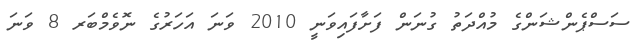
ސަސްޕެންޝަންގެ މުއްދަތު ގުނަން ފަށާފައިވަނީ 2010 ވަނަ އަހަރުގެ ނޮވެމްބަރ 8 ވަނަ